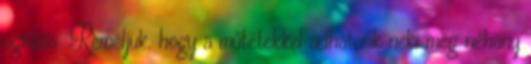
ugrálós. Reméljük, hogy a műtétekkel adhatunk neki még néhány